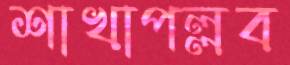
শাখাপল্লব